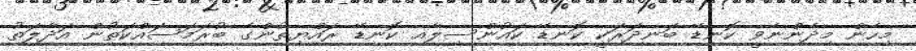
މިހެން މިދެންނެވީ ކޮނޑޭ ބަނދަރަކީ ކޮނޑޭ ކައުންސިލާއި ކޮނޑޭ ރައްޔިތުންގެ ބުރަމަސައްކަތުން އަދާލަތު